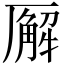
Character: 𪠘